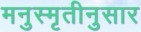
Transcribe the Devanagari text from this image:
मनुस्मृतीनुसार